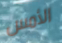
الأمس